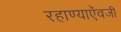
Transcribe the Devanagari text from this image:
रहाण्याऍवजी